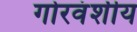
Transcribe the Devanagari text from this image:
गोरवंशीय